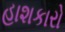
હાશકારો